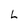
Character: L